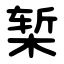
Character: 椠